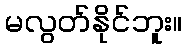
မလွတ်နိုင်ဘူး။